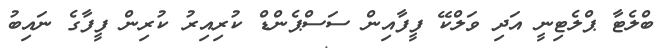
ބްލެޓާ ޕްލެޓިނީ އަދި ވަލްކޭ ފީފާއިން ސަސްޕެންޑް ކުރިއިރު ކުރިން ފީފާގެ ނައިބު